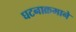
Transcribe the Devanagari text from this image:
घटनाक्रमाने